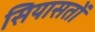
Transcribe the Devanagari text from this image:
सियासतों